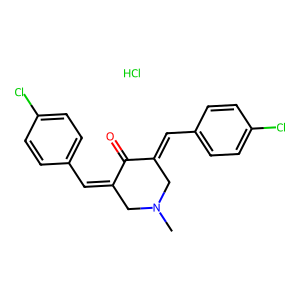
SMILES: CN1CC(=Cc2ccc(Cl)cc2)C(=O)C(=Cc2ccc(Cl)cc2)C1.Cl
Inhibits HIV replication: No